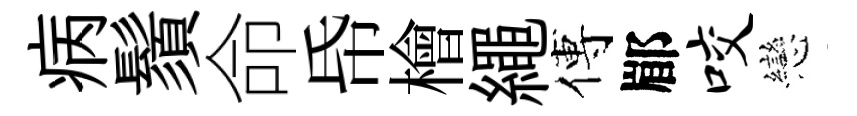
病鬚命帋檜繩傅郿咬戀